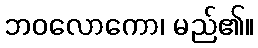
ဘဝလောကော၊ မည်၏။